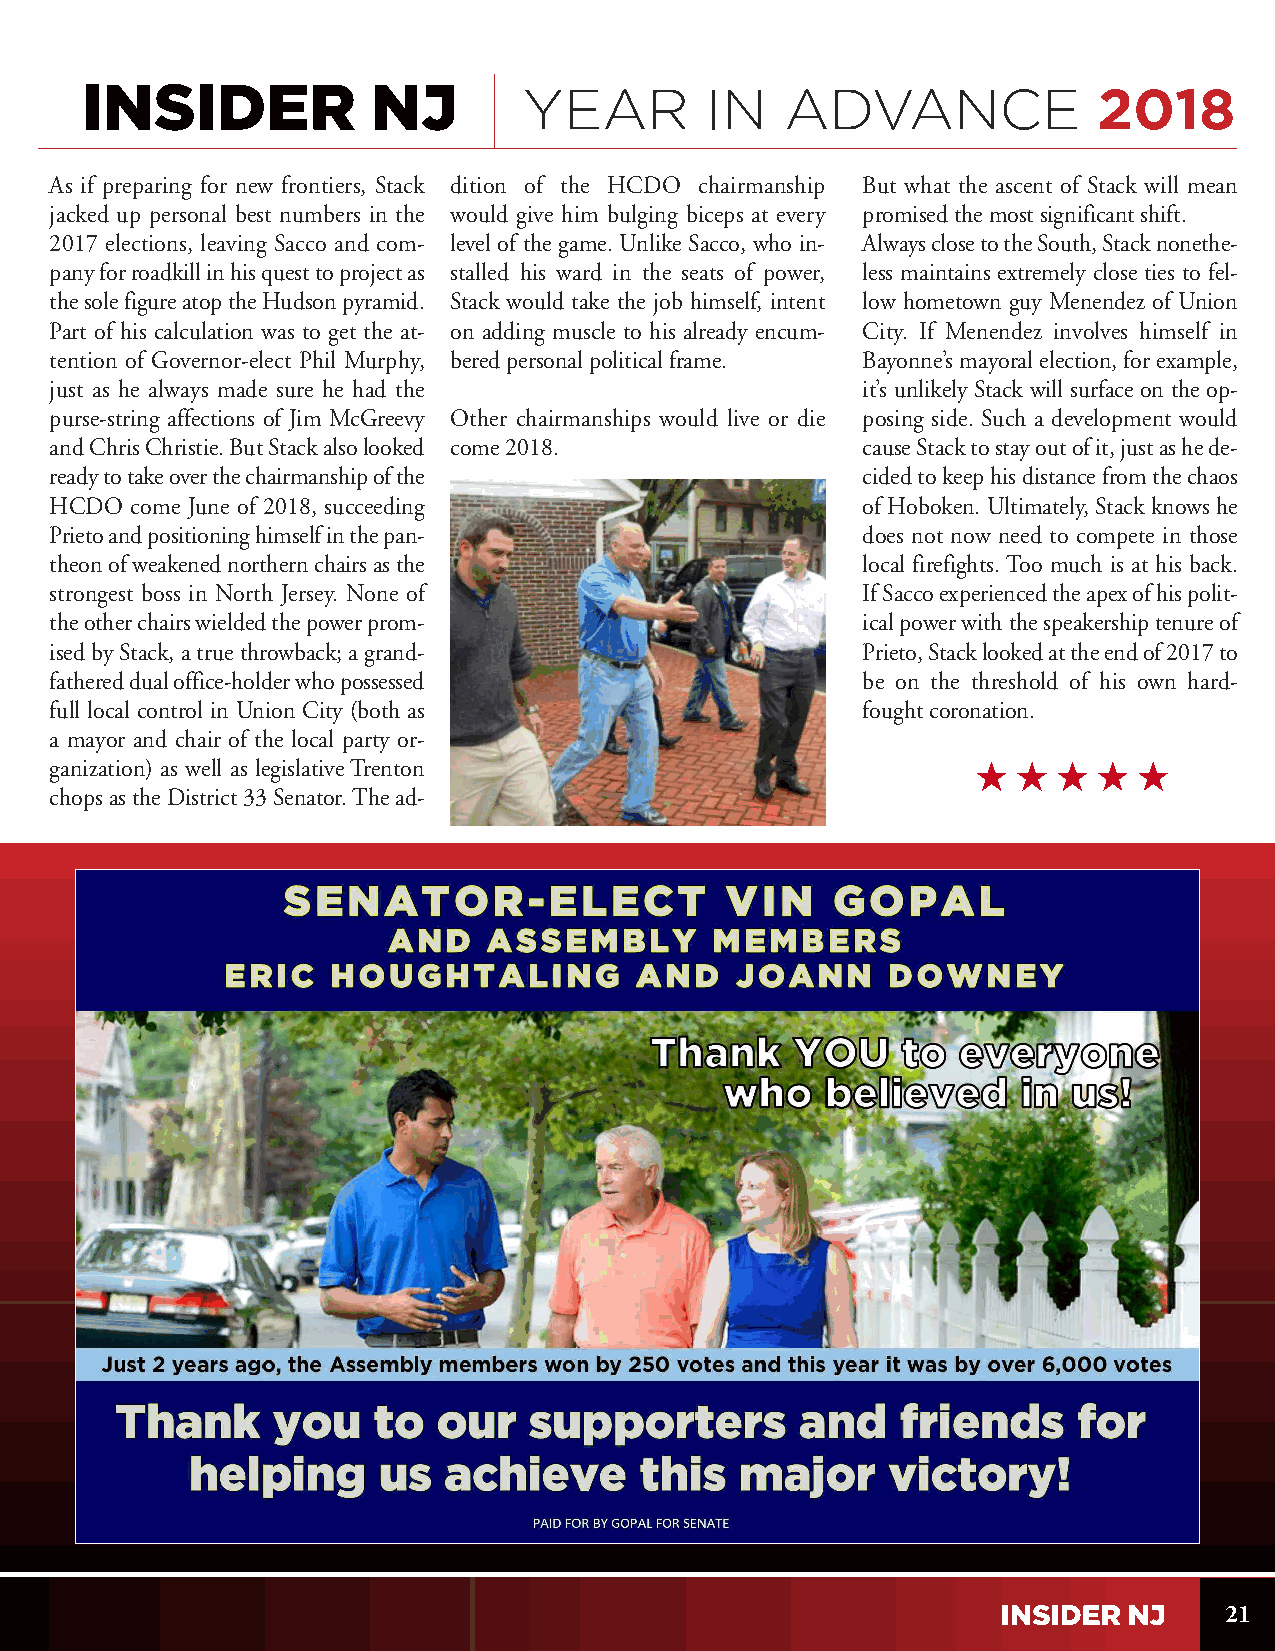
YEAR        IN   ADVANCE              2018
 As if preparing for new frontiers, Stack dition of the HCDO chairmanship But what the ascent of Stack will mean
 jacked up personal best numbers in the would give him bulging biceps at every promised the most significant shift.
 2017 elections, leaving Sacco and com- level of the game. Unlike Sacco, who in- Always close to the South, Stack nonethe-
 pany for roadkill in his quest to project as stalled his ward in the seats of power, less maintains extremely close ties to fel-
 the sole figure atop the Hudson pyramid. Stack would take the job himself, intent low hometown guy Menendez of Union
 Part of his calculation was to get the at- on adding muscle to his already encum- City. If Menendez involves himself in
 tention of Governor-elect Phil Murphy, bered personal political frame. Bayonne’s mayoral election, for example,
 just as he always made sure he had the                it’s unlikely Stack will surface on the op-
 purse-string affections of Jim McGreevy Other chairmanships would live or die posing side. Such a development would
 and Chris Christie. But Stack also looked come 2018.  cause Stack to stay out of it, just as he de-
 ready to take over the chairmanship of the            cided to keep his distance from the chaos
 HCDO  come June of 2018, succeeding                   of Hoboken. Ultimately, Stack knows he
 Prieto and positioning himself in the pan-            does not now need to compete in those
 theon of weakened northern chairs as the              local firefights. Too much is at his back.
 strongest boss in North Jersey. None of               If Sacco experienced the apex of his polit-
 the other chairs wielded the power prom-              ical power with the speakership tenure of
 ised by Stack, a true throwback; a grand-             Prieto, Stack looked at the end of 2017 to
 fathered dual office-holder who possessed             be on the threshold of his own hard-
 full local control in Union City (both as             fought coronation.
 a mayor and chair of the local party or-
 ganization) as well as legislative Trenton
 chops as the District 33 Senator. The ad-
 21